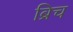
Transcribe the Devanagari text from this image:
ब्रिच